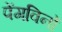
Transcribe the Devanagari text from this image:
पेंगविनों